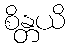
စိန္တယိ